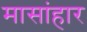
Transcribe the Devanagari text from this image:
मासांहार